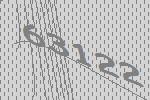
63122